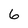
Character: 6